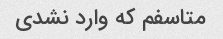
متاسفم که وارد نشدی